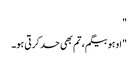
"
"اوہو بیگم، تم بھی حد کرتی ہو۔